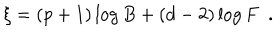
\xi = ( p + 1 ) \log B + ( d - 2 ) \log F ~ ~ .